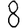
Digit: 8